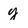
Character: y